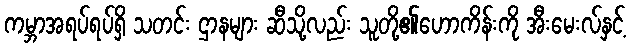
ကမ္ဘာအရပ်ရပ်ရှိ သတင်း ဌာနများ ဆီသို့လည်း သူတို့၏ဟောကိန်းကို အီးမေးလ်နှင့်